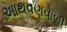
આથવણવાળી